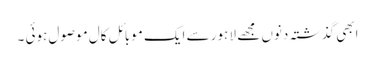
ابھی گذشتہ دنوں مجھے لا ہور سے ایک موبائل کال موصول ہوئی ۔